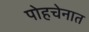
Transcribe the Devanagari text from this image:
पोहचेनात